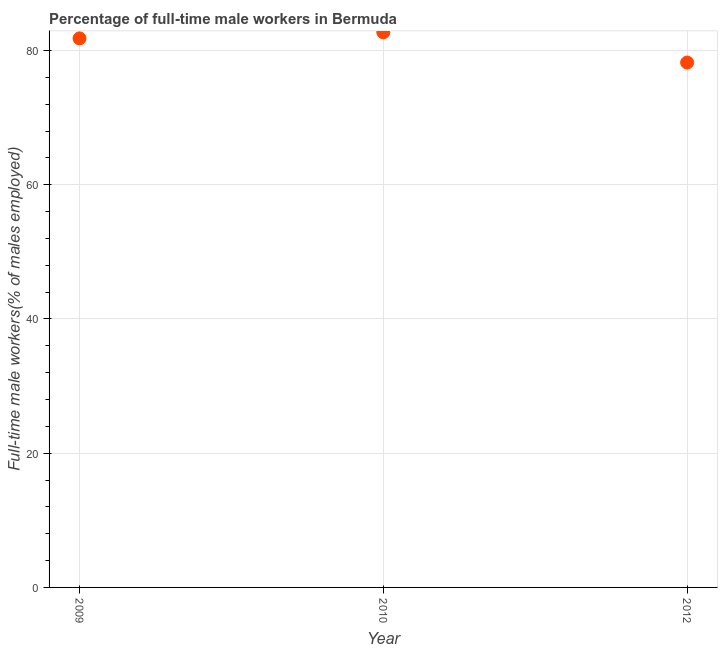
| Year | Wage and salary workers |
 | --- | --- |
 | 2009 | 81.8 |
 | 2010 | 82.7 |
 | 2012 | 78.2 |